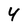
Character: 4